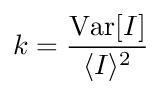
k = \frac { \mathrm { V a r } [ I ] } { \langle I \rangle ^ { 2 } }